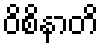
ဝိစိနာတိ